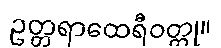
ဥတ္တရာထေရီဝတ္ထု။